Madras plague regulations in force outside the Presidency town - Volume 3
Disease focus: Plague
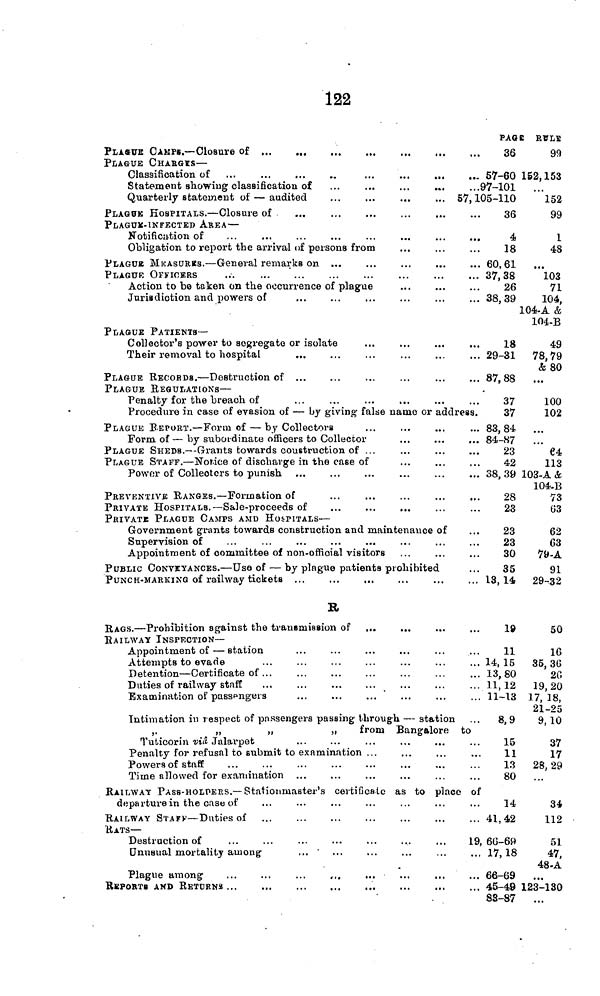
122
PLASUE CAMPS.— Closure of
PLAGUE CHARGÏS —
Classification of
Statement showing classification of
Quarterly statement of — audited
PLAGOK HOSPITALS. — Closure of
PLAGUÏ-INFECTED AREA —
Notification of
Obligation to report the arrival of persons from
PLAGUB MKASURKS. — General remarks on ...
PLAGUK OFFICERS
Action to be taken on the occurrence of plague
Jurisdiction and powers of
PLAGUE PATIENTS —
Collectoi''s power to segregate or isolate
Their removal to hospital
...
PLAGUE RECOBDS. — Destruction of
PLAGUE REGULATIONS —
Penalty for the breach of
PAGE
36
... 57-60
...97-101
57, 105-110
36
4
18
... 60,61
... 37,38
26
... 38,39
18
... 29-31
... 87,88
37
Procedure in case of evasion of — by giving false name or address.
37
PLAGUE BEPORT.— Form of — by Collectors
Form of — by subordinate officers to Collector
PLAGUE SHEDS .—-Grants towards coustruction of ...
PLAGUE STAFF. — Notice of discharge in the case of
Power of Collectors to punish
PREVENTIVE RANGES. — Formation of
PRIVATE HOSPITALS.— Sale-proceeds of
PKIVATJE PLAGUE CAMPS AMD HOSPITALS—
Government grants towards construction and maintenance of
Supervision of
Appointment of committee of non-official visitors
PUBLIC CONVEYANCES. — Use of — by plague patients prohibited
PUNCH-MARKING of railway tickets ...
R
RAGS. — Prohibition against the transmission of
RAILWAY INSPECTION—
Appointment of — station
Attempts to evade
Detention — Certificate of ...
Duties of railway staff
Examination of passengers
Intimation in respect of passengers passing through — station
,.
„
,,
,i
from Bangalore
Tuticorin via Jalarpet
Penalty for refusal to submit to examination ...
Powersof staff
Time allowed for examination
... 83,84
... 84-87
23
42
... 38,39
28
23
23
23
30
35
, , 13, 14,
19
11
... 14,15
... 13,80
... 11,12
... 11-13
...
8,9
to
15
11
13
80
RAILWAY PASB-HOLPERS. — Stationmaster's certificate as to place of
departure in the case of
RAILWAY STAFF — Duties of
RATS—
Destruction of
unusual mortality among-
...
Plague among
REPORTS AKD RETURNS
14
... 41,42
19, 66-69
... 17,18
... 66-69
... 45-49
88-87
ï RULE
99
162,153
152
99
1
48
103
71
104,
104-A &
104-B
49
78,79
& 80
100
102
64
113
103-A &
104-B
73
Ü3
62
63
79-A
91
29-32
50
16
35,36
26
19,20
17, 18,
21-25
9,10
37
17
28, 29
34
112
51
47,
48-A
123-130